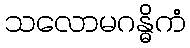
သလောမဂန္ဓိကံ